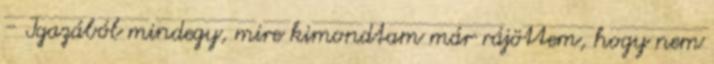
- Igazából mindegy, mire kimondtam már rájöttem, hogy nem